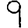
Digit: 9